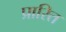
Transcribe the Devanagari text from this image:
प्रारित